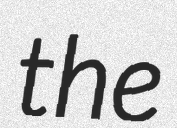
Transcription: the